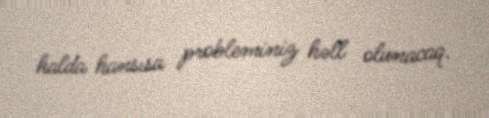
halda hansısa probleminiz həll olunacaq.